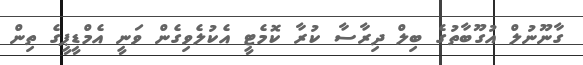
ގާނޫނުލް އުގޫބާތުގެ ބިލް ދިރާސާ ކުރާ ކޮމެޓީ އެކުލެވިގެން ވަނީ އެމްޑީޕީގެ ތިން